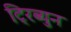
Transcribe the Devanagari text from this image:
ट्रिब्युन